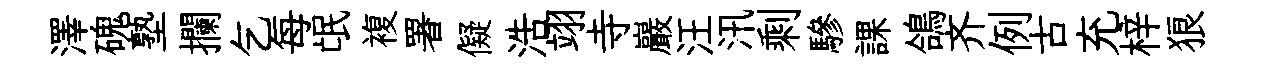
澤磈塾攔乞每氓複署儗浩翊寺巖汪汛剩驂課鴿齐例古充梓狼